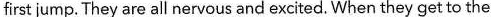
first jump. They are all nervous and excited. When they get to the